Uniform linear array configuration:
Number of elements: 64
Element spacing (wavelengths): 1
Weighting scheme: blackman
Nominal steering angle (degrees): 60
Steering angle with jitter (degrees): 60.495
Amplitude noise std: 0.05
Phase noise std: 0.05

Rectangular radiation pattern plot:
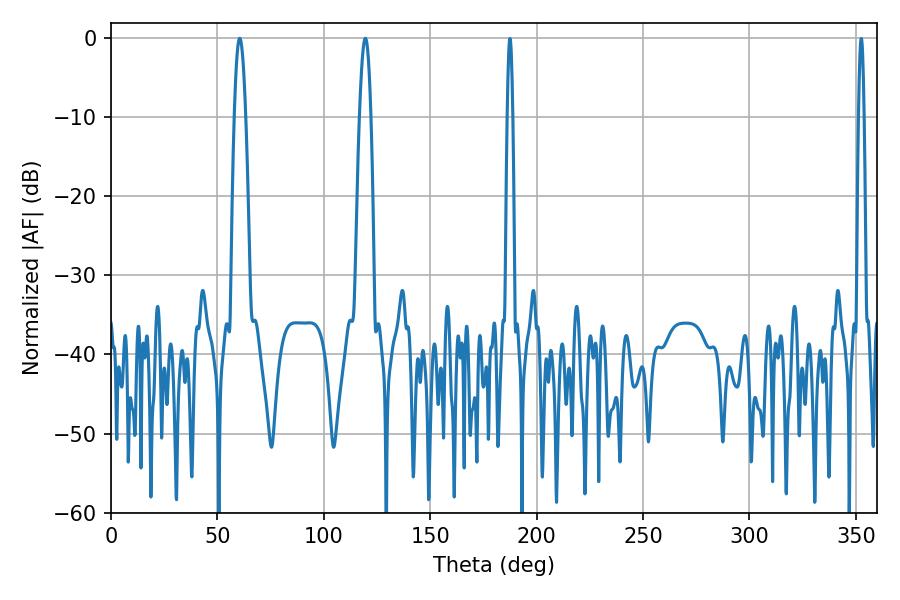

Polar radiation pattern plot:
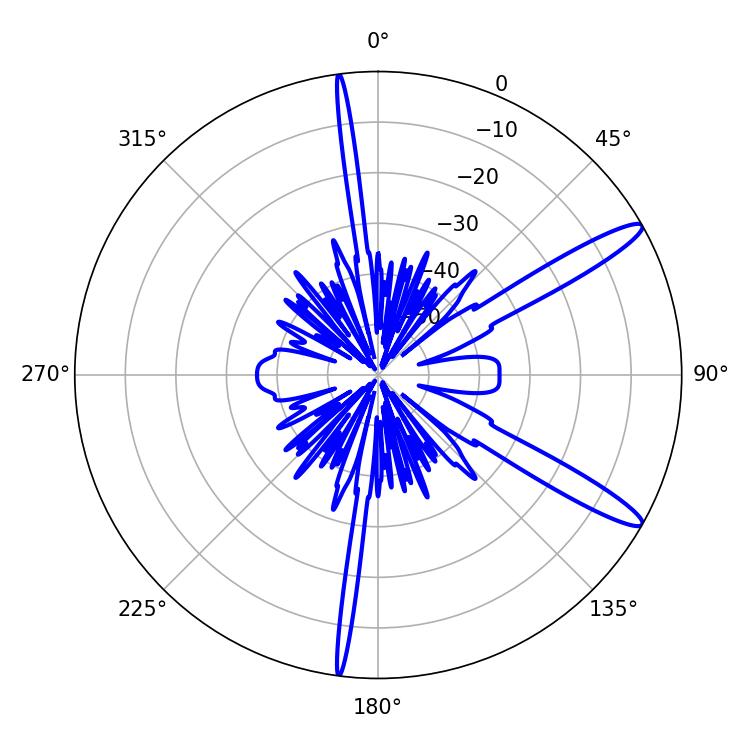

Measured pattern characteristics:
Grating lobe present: TRUE
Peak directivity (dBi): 13.432
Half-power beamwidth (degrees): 2.88
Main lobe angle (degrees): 60.48